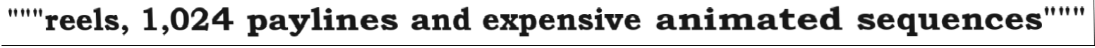
"""reels, 1,024 paylines and expensive animated sequences"""